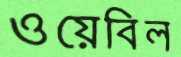
ওয়েবিল